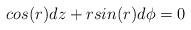
LaTeX: \begin{align*} cos(r)dz +rsin(r)d\phi =0 \end{align*}